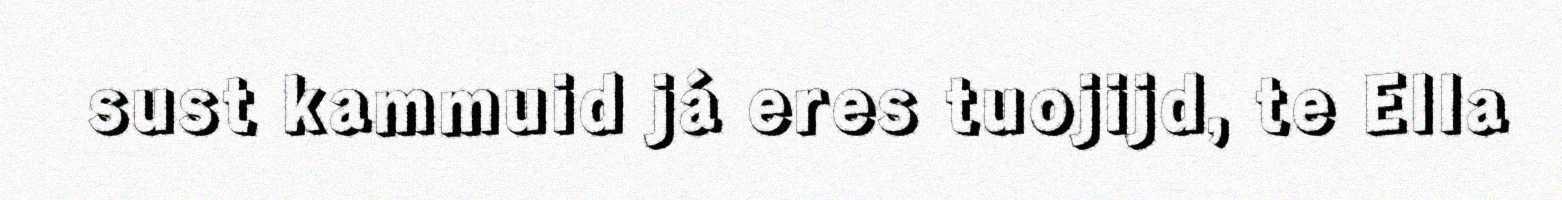
sust kammuid já eres tuojijd, te Ella